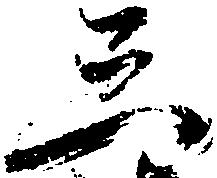
三